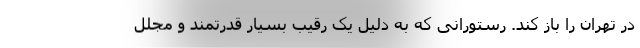
در تهران را باز کند. رستورانی که به دلیل یک رقیب بسیار قدرتمند و مجلل